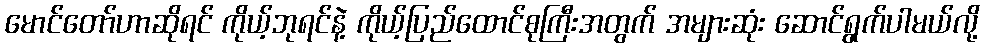
မောင်တော်ဟာဆိုရင် ကိုယ့်ဘုရင်နဲ့ ကိုယ့်ပြည်ထောင်စုကြီးအတွက် အများဆုံး ဆောင်ရွက်ပါမယ်လို့